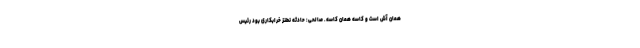
همان آش است و کاسه همان کاسه. صالحی: حادثه نطنز خرابکاری بود رئیس